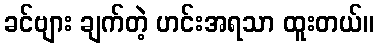
ခင်ဗျား ချက်တဲ့ ဟင်းအရသာ ထူးတယ်။